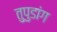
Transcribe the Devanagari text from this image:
तुपुडांग